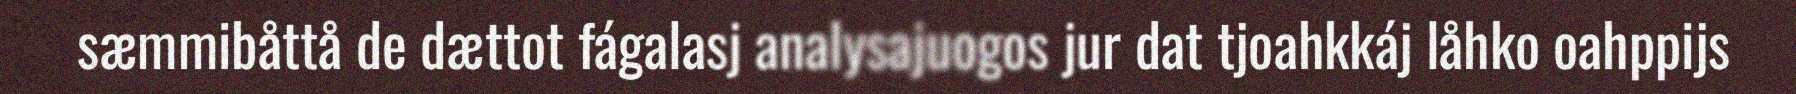
sæmmibåttå de dættot fágalasj analysajuogos jur dat tjoahkkáj låhko oahppijs